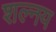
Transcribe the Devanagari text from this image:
शल्नय